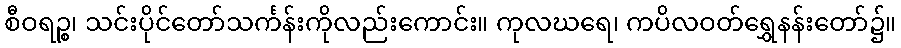
စီဝရဉ္စ၊ သင်းပိုင်တော်သင်္ကန်းကိုလည်းကောင်း။ ကုလဃရေ၊ ကပိလဝတ်ရွှေနန်းတော်၌။